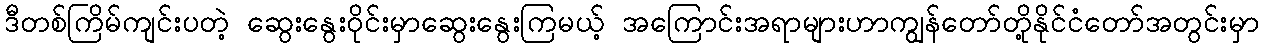
ဒီတစ်ကြိမ်ကျင်းပတဲ့ ဆွေးနွေးဝိုင်းမှာဆွေးနွေးကြမယ့် အကြောင်းအရာများဟာကျွန်တော်တို့နိုင်ငံတော်အတွင်းမှာ